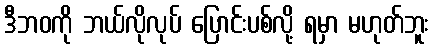
ဒီဘဝကို ဘယ်လိုလုပ် ပြောင်းပစ်လို့ ရမှာ မဟုတ်ဘူး